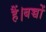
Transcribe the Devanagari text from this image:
हैं।बच्चों